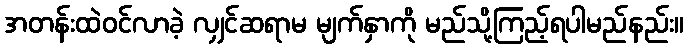
အတန်းထဲဝင်လာခဲ့ လျှင်ဆရာမ မျက်နှာကို မည်သို့ကြည့်ရပါမည်နည်း။